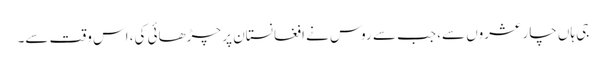
جی ہاں چار عشروں سے، جب سے روس نے افغانستان پر چڑھائی کی، اس وقت سے۔